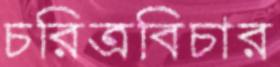
চরিত্রবিচার